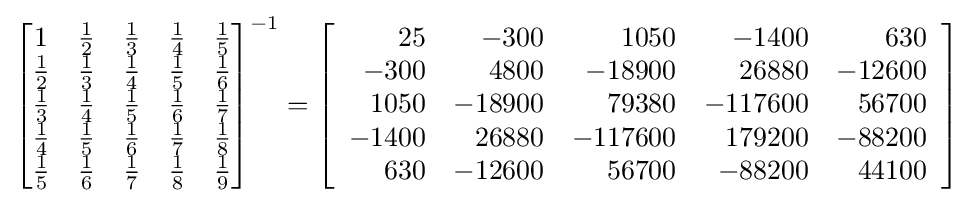
{\begin{bmatrix}1&{\frac {1}{2}}&{\frac {1}{3}}&{\frac {1}{4}}&{\frac {1}{5}}\\{\frac {1}{2}}&{\frac {1}{3}}&{\frac {1}{4}}&{\frac {1}{5}}&{\frac {1}{6}}\\{\frac {1}{3}}&{\frac {1}{4}}&{\frac {1}{5}}&{\frac {1}{6}}&{\frac {1}{7}}\\{\frac {1}{4}}&{\frac {1}{5}}&{\frac {1}{6}}&{\frac {1}{7}}&{\frac {1}{8}}\\{\frac {1}{5}}&{\frac {1}{6}}&{\frac {1}{7}}&{\frac {1}{8}}&{\frac {1}{9}}\end{bmatrix}}^{-1}=\left[{\begin{array}{rrrrr}25&-300&1050&-1400&630\\-300&4800&-18900&26880&-12600\\1050&-18900&79380&-117600&56700\\-1400&26880&-117600&179200&-88200\\630&-12600&56700&-88200&44100\end{array}}\right]